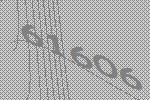
61606